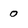
Character: 0